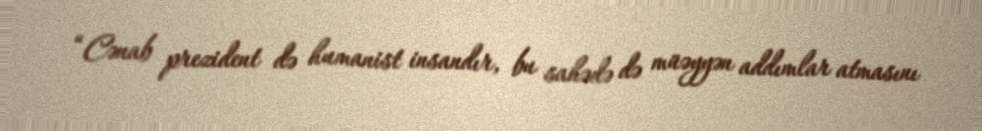
“Cənab prezident də humanist insandır, bu sahədə də müəyyən addımlar atmasını